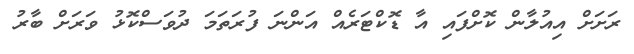
ރަށަށް އިއުލާން ކޮށްފައި އާ ޑޮކްޓަރެއް އަންނަ ފުރަތަމަ ދުވަސްކޮޅު ވަރަށް ބާރު